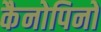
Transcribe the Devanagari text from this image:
कैनोपिनों